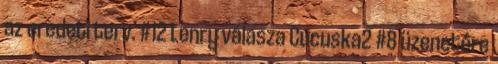
az eredeti terv. #12 Lenry válasza Cucuska2 #8 üzenetére